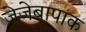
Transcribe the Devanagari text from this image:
जेजेबापांक